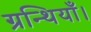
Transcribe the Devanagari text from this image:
ग्रन्थियाँ।